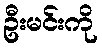
ဦးမင်းကို